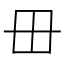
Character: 毌